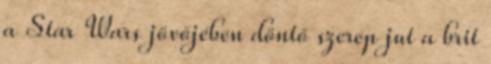
a Star Wars jövőjében döntő szerep jut a brit